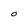
Character: O